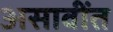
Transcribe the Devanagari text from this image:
असावींत